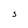
Character: S